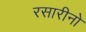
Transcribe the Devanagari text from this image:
रसारीनो